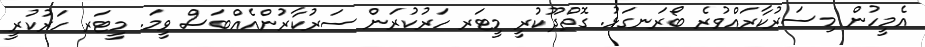
އެމީހުން މިސަރުކާރައްވުރެ ބޯރަނގަޅު. ގޮތްދޫކުރީ މީޓަރ ހަރުކުރަން ސަރުކާރުންއެއްބަސް ވީމަ. މީޓަރ ހަރުކުރީ